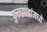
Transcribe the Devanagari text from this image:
फुलझाडांमध्ये